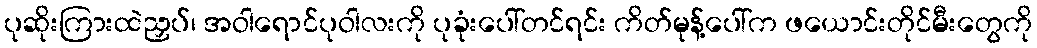
ပုဆိုးကြားထဲညှပ်၊ အဝါရောင်ပုဝါလးကို ပုခုံးပေါ်တင်ရင်း ကိတ်မုန့်ပေါ်က ဖယောင်းတိုင်မီးတွေကို